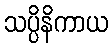
သပ္ပိနိကာယ